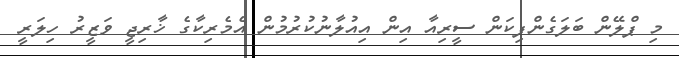
މި ޕްލޭން ބަލަގެންފިކަން ސީރިއާ އިން އިއުލާނުކުރުމުން އެމެރިކާގެ ޚާރިޖީ ވަޒީރު ހިލަރީ